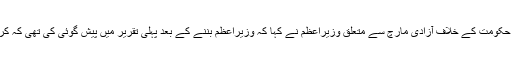
مولانا فضل الرحمان کے حکومت کے خلاف آزادی مارچ سے متعلق وزیراعظم نے کہا کہ وزیراعظم بننے کے بعد پہلی تقریر میں پیش گوئی کی تھی کہ کرپٹ ٹولہ ایک ہوجائے گا۔